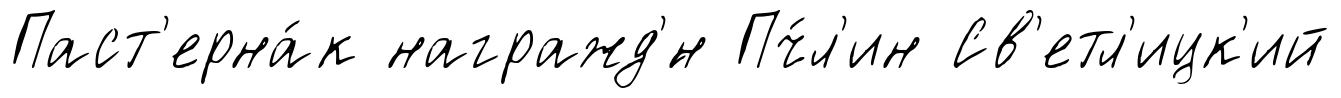
Паст'ерна́к награжд'́н Пч́л'ин Св'етл'ицк'ий